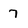
Character: 7